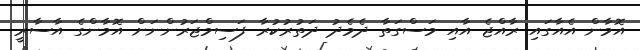
އޮމާން އެއާގައި ރާއްޖެ އާއި މަސްގަތާ ދެމެދު ދަތުރުކުރާ ފަސިމްޖަރުންނަށް އޮމާންގެ އާސާރީ